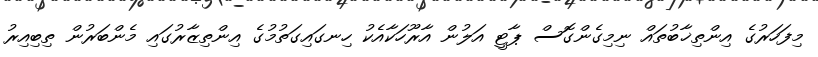
މިފަހަރުގެ އިންތިޚާބުތައް ނިމިގެންގޮސް ޕާޓީ އަލުން އާރޫހަކާއެކު ހިނގައިގަތުމުގެ އިންތިޒާރުގައި މެންބަރުން ތިބިއިރު